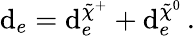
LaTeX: \mathrm{d}_{e}=\mathrm{d}_{e}^{\tilde{{\chi}}^{+}}+\mathrm{d}_{e}^{\tilde{{\chi}}^{0}}\, .